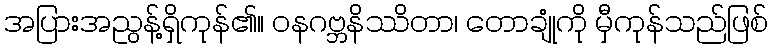
အပြားအညွန့်ရှိကုန်၏။ ဝနဂဗ္ဘနိဿိတာ၊ တောချုံကို မှီကုန်သည်ဖြစ်